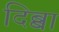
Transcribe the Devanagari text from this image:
दिब्बा